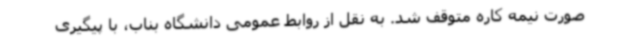
صورت نیمه کاره متوقف شد. به نقل از روابط عمومی دانشگاه بناب، با پیگیری